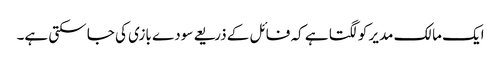
ایک مالک مدیر کو لگتا ہے کہ فائل کے ذریعے سودے بازی کی جا سکتی ہے۔